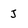
Character: j